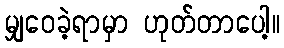
မျှဝေခဲ့ရာမှာ ဟုတ်တာပေါ့။